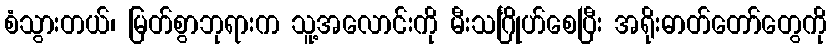
စံသွားတယ်၊ မြတ်စွာဘုရားက သူ့အလောင်းကို မီးသင်္ဂြိုဟ်စေပြီး အရိုးဓာတ်တော်တွေကို